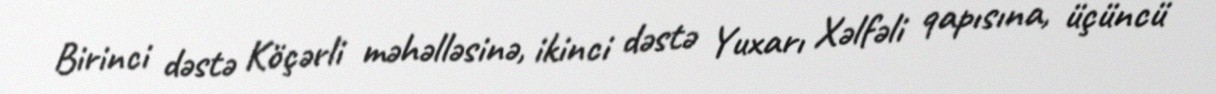
Birinci dəstə Köçərli məhəlləsinə, ikinci dəstə Yuxarı Xəlfəli qapısına, üçüncü